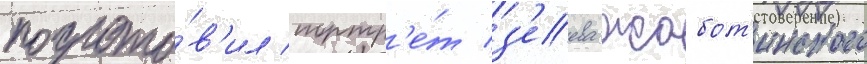
подгото́в'ил портр'е́т з'еева жабот'инского